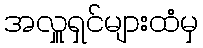
အလှူရှင်များထံမှ